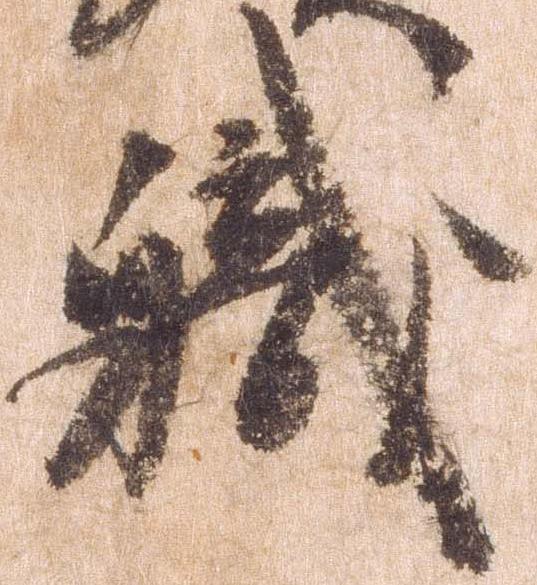
職